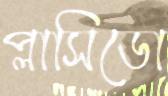
প্লাসিডো